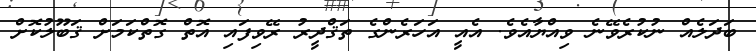
ބަދަލެއް ނުކުރެވޭނެ ވިއްޔާއެވެ. އެއީ އަހަރެންގެ ތަޤްދީރު ރޭވިފައި އޮތް ގޮތްކަމަށް ޤަބޫލުކޮށް